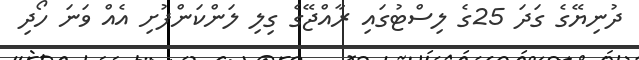
ދުނިޔޭގެ ގަދަ 25ގެ ލިސްޓުގައި ރާއްޖޭގެ ގިލި ލަންކަންފުށި އެއް ވަނަ ހޯދި